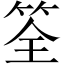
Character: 筌